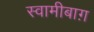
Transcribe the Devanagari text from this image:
स्वामीबाग़